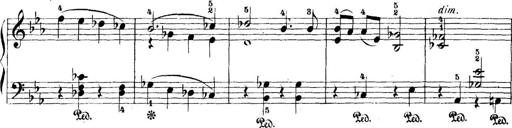
Title: 5 Sonatinas
Composer: Theodor Kirchner